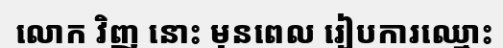
លោក វិញ នោះ មុនពេល រៀបការឈ្មោះ